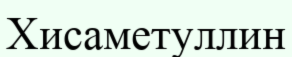
Хисаметуллин